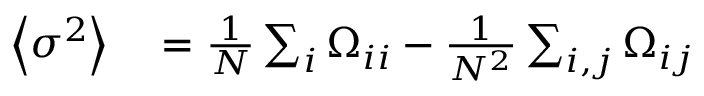
\begin{array} { r l } { \left\langle \sigma ^ { 2 } \right\rangle } & { { } = \frac { 1 } { N } \sum _ { i } { \Omega _ { i i } } - \frac { 1 } { N ^ { 2 } } \sum _ { i , j } { \Omega _ { i j } } } \end{array}